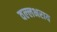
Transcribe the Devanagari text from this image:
वल्‍लभराय